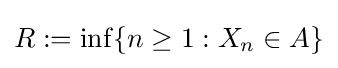
R:=\inf\{n\geq 1:X_{n}\in A\}